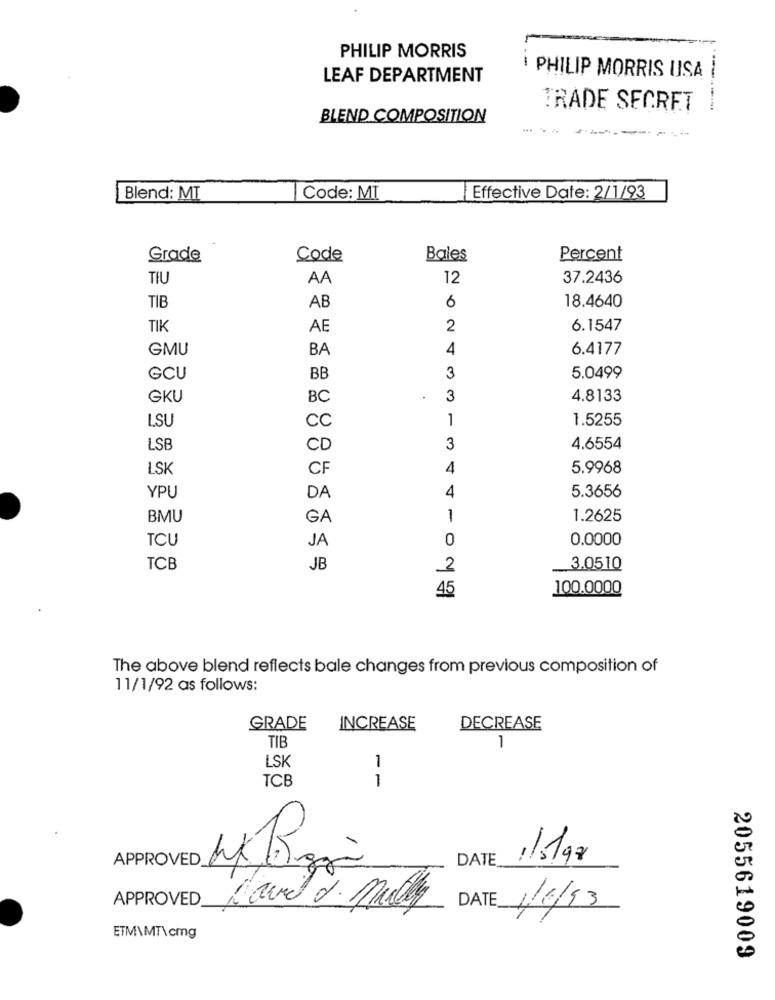
PHILIP MORRIS
LEAF DEPARTMENT
I PHILIP MORRIS USA
TRADE SECRET
BLEND COMPOSITION
Blend: MI
Code: MI
Effective Date: 2/1/93
Grade
Code
Bales
Percent
TIU
AA
12
37.2436
TIB
AB
6
18.4640
TIK
AE
2
6.1547
GMU
BA
4
6.4177
GCU
BB
3
5.0499
GKU
BC
3
4.8133
1
1.5255
LSU
cc
LSB
CD
3
4.6554
LSK
CF
4
5.9968
YPU
DA
4
5.3656
BMU
GA
1
1.2625
TCU
JA
0
0.0000
TCB
JB
2
3.0510
45
100.0000
The above blend reflects bale changes from previous composition of
11/1/92 as follows:
GRADE
INCREASE
DECREASE
TIB
1
LSK
1
TCB
1
1
APPROVED
DATE
,15192
APPROVED_
DATE
Kavel 2. mully
1/1/13
ETM\MT\cmg
2055619009